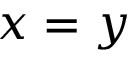
x = y